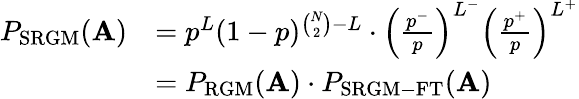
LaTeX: \begin{array}{rl}{P_{\mathrm{SRGM}}(\mathbf{A})}&{=p^{L}(1-p)^{\binom{N}{2}-L}\cdot\left(\frac{p^{-}}{p}\right)^{L^{-}}\left(\frac{p^{+}}{p}\right)^{L^{+}}}\\ &{=P_{\mathrm{RGM}}(\mathbf{A})\cdot P_{\mathrm{SRGM-FT}}(\mathbf{A})}\end{array}